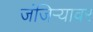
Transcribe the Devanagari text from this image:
जंजिऱ्यावर